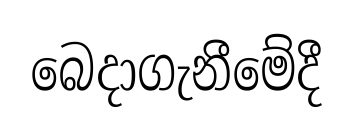
බෙදාගැනීමේදී